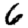
Digit: 6